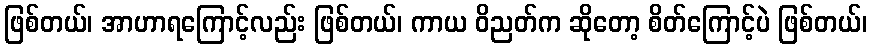
ဖြစ်တယ်၊ အာဟာရကြောင့်လည်း ဖြစ်တယ်၊ ကာယ ဝိညတ်က ဆိုတော့ စိတ်ကြောင့်ပဲ ဖြစ်တယ်၊